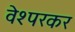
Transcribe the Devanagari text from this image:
वेश्परकर